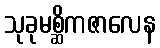
သုခုမစ္ဆိကဇာလေန